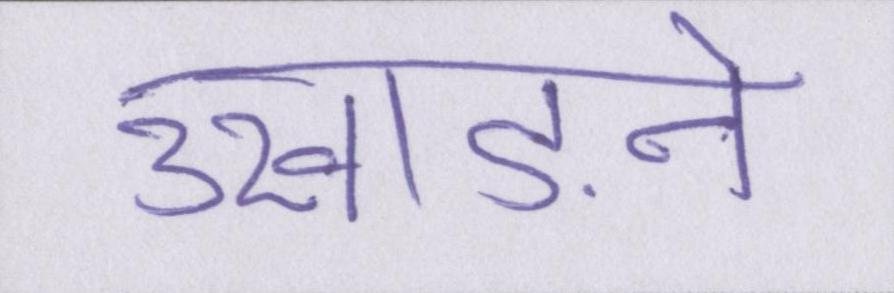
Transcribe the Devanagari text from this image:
उखाड़ने